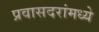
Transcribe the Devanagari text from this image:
प्रवासदरांमध्ये